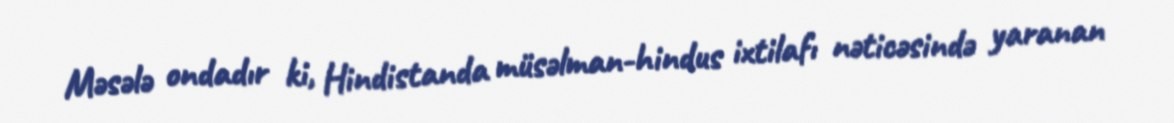
Məsələ ondadır ki, Hindistanda müsəlman-hindus ixtilafı nəticəsində yaranan